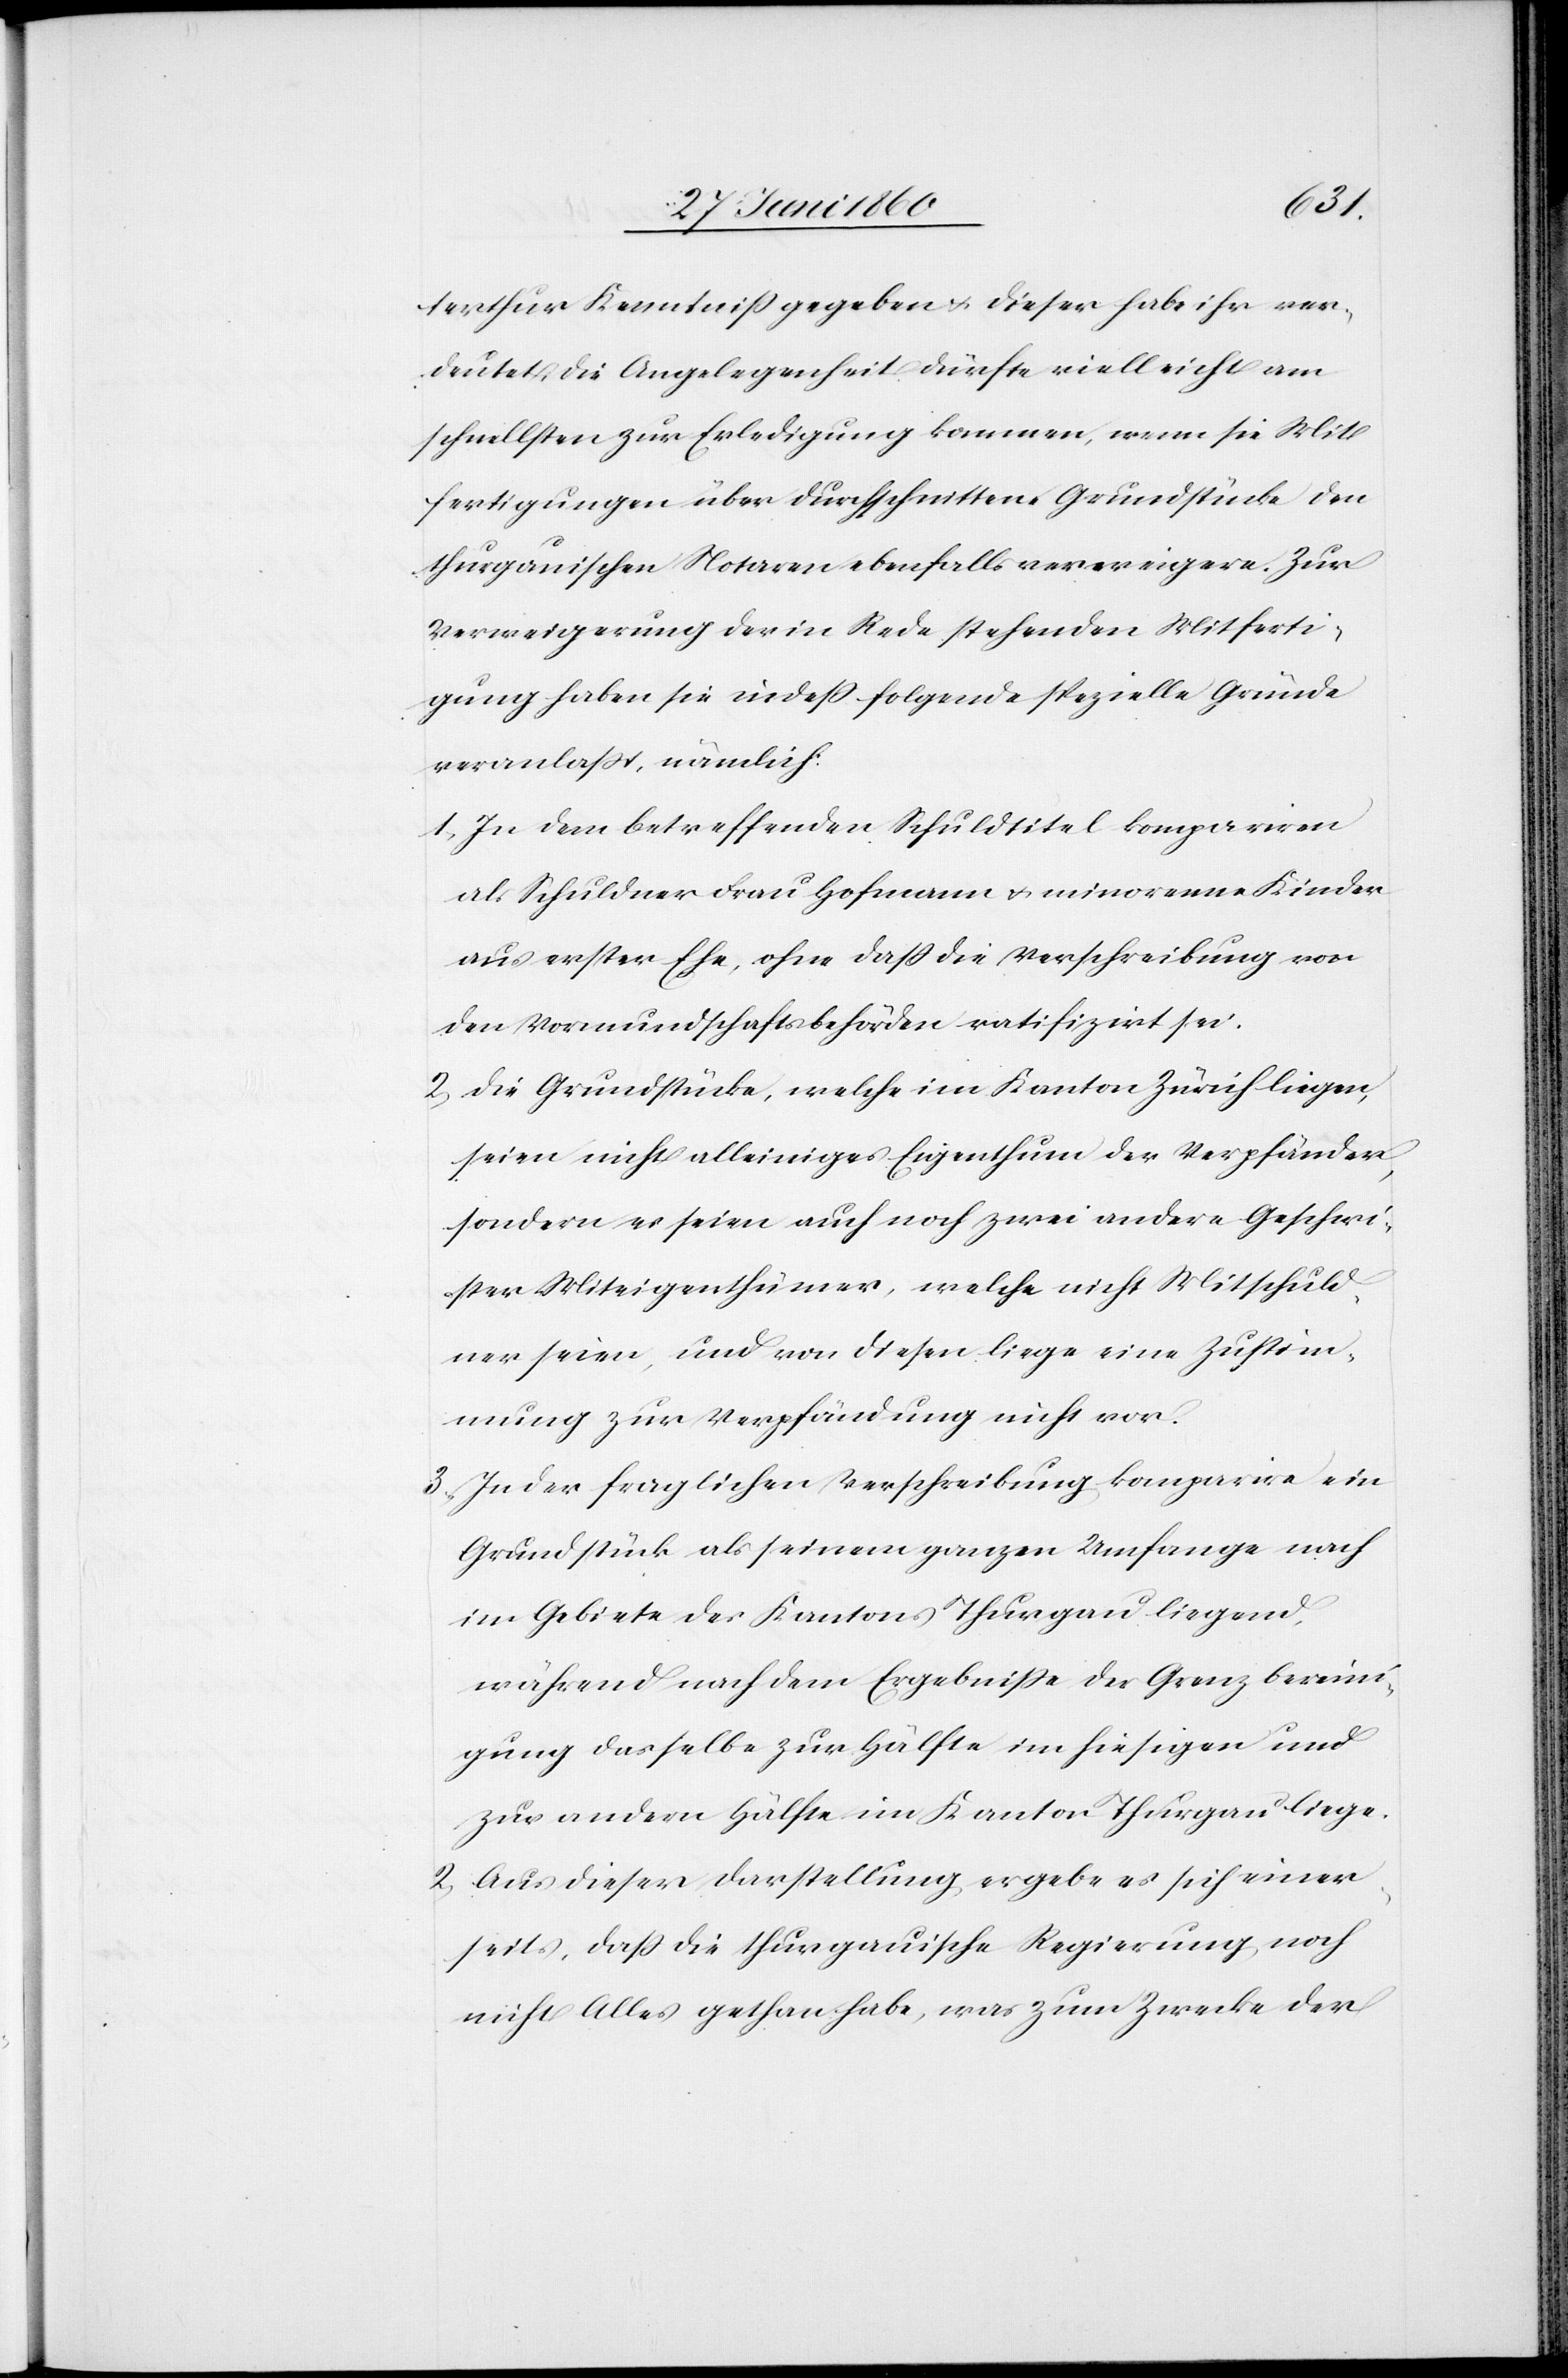
terthur Kenntniss gegeben u. dieser habe ihr ver¬
deutet, die Angelegenheit dürfte vielleicht am
schnellsten zur Erledigung kommen, wenn sie Mit¬
fertigungen über durchschnittene Grundstücke den
thurgauischen Notaren ebenfalls verweigere. Zur
Verweigerung der in Rede stehenden Mitferti¬
gung haben sie indess folgende spezielle Gründe
veranlasst, nämlich:
1. In den betreffenden Schuldtitel kompariren
als Schuldner Frau Hofmann u. minorenne Kinder
aus erster Ehe, ohne dass die Verschreibung von
den Vormundschaftsbehörden ratifizirt sei.
2. Die Grundstücke, welche im Kanton Zürich liegen,
seien nicht alleiniges Eigenthum der Verpfänder,
sondern es seien auch noch zwei andere Geschwi¬
ster Miteigenthümer, welche nicht Mitschuld¬
ner seien, und von diesen liege eine Zustim¬
mung zur Verpfändung nicht vor.
3. In der fraglichen Verschreibung komparire ein
Grundstück als seinem ganzen Umfange nach
im Gebiete des Kantons Thurgau liegend,
während nach dem Ergebnisse der Grenzbereini¬
gung dasselbe zur Hälfte im hiesigen und
zur andern Hälfte im Kanton Thurgau liege.
2. Aus dieser Darstellung ergebe es sich einer¬
seits, dass die thurgauische Regierung noch
nicht Alles gethan habe, was zum Zwecke der